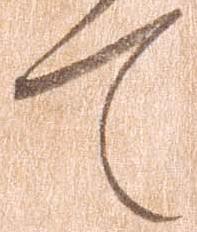
て